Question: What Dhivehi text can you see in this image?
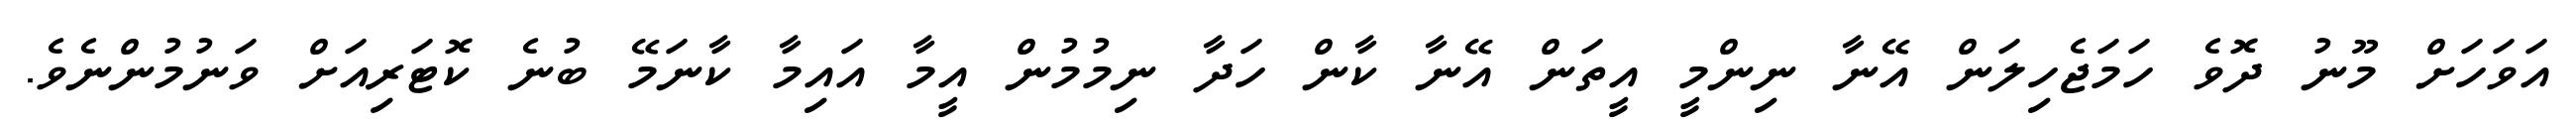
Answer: އަވަހަށް މޫނު ދޮވެ ހަމަޖެހިލަން އޭނާ ނިންމީ އީތަން އޭނާ ކާން ހަދާ ނިމުމުން އީމާ އައިމާ ކާނަމޭ ބުނެ ކޮޓަރިއަށް ވަނުމުންނެވެ.